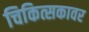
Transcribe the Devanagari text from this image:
चिकित्सकावर